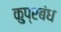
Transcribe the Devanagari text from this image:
कुप्रबंध